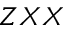
Z X X